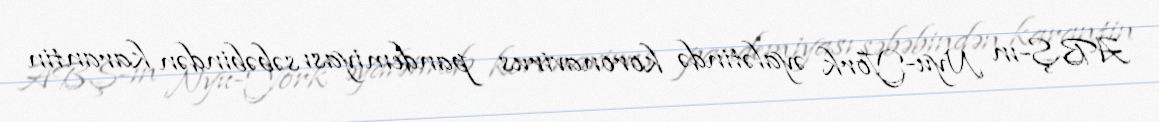
ABŞ-ın Nyu-York əyalətində koronavirus pandemiyası səbəbindən karantin